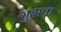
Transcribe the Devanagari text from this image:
गुह्मक